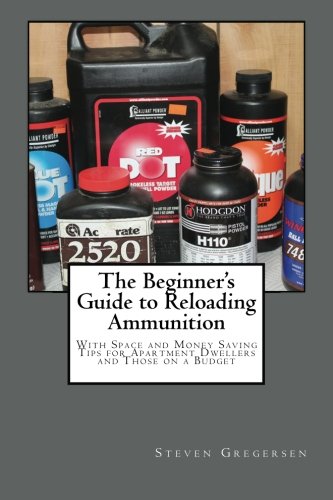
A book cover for The Beginner's Guide to Reloading Ammunition: With Space and Money Saving Tips for Apartment Dwellers and Those on a Budget; Steven Gregersen; Sports & Outdoors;